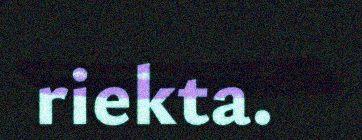
riekta.